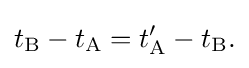
t_{\text{B}}-t_{\text{A}}=t'_{\text{A}}-t_{\text{B}}{\text{.}}\,\!